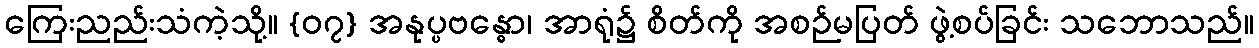
ကြေးညည်းသံကဲ့သို့။ {၀၇} အနုပ္ပဗန္ဓော၊ အာရုံ၌ စိတ်ကို အစဉ်မပြတ် ဖွဲ့စပ်ခြင်း သဘောသည်။